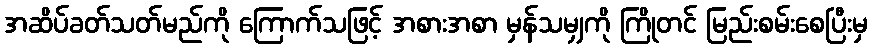
အဆိပ်ခတ်သတ်မည်ကို ကြောက်သဖြင့် အစားအစာ မှန်သမျှကို ကြိုတင် မြည်းစမ်းစေပြီးမှ